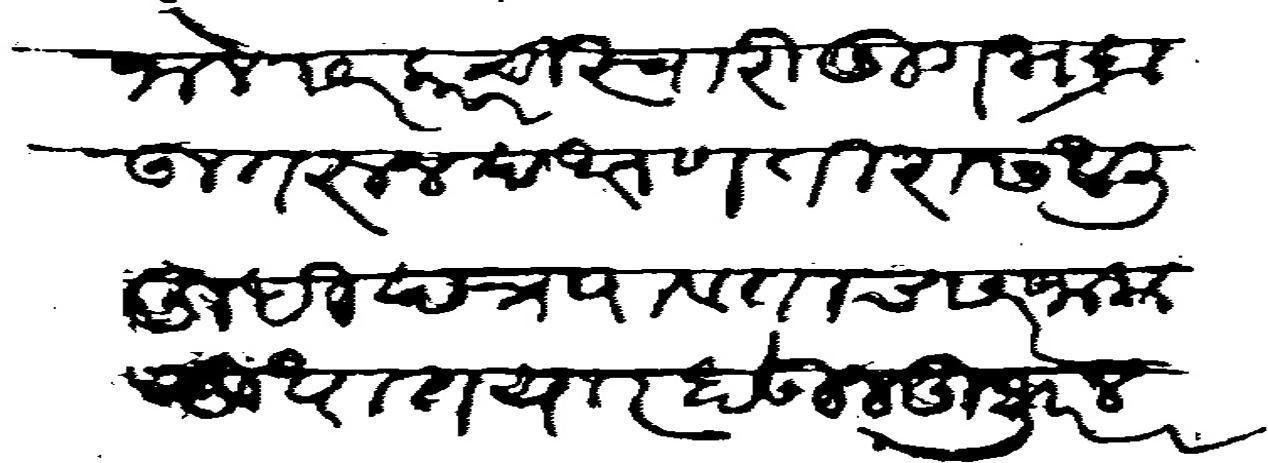
Transliteration (Devanagari): जाले सरकारची स्वारी तुंगभद्रा उतरून दक्षण तीरास आली तुम्ही पत्र पावताच सरंजाम सुधा तयार होऊन हुजुर लस्करात